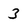
Character: 3